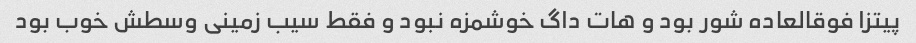
پیتزا فوقالعاده شور بود و هات داگ خوشمزه نبود و فقط سیب زمینی وسطش خوب بود